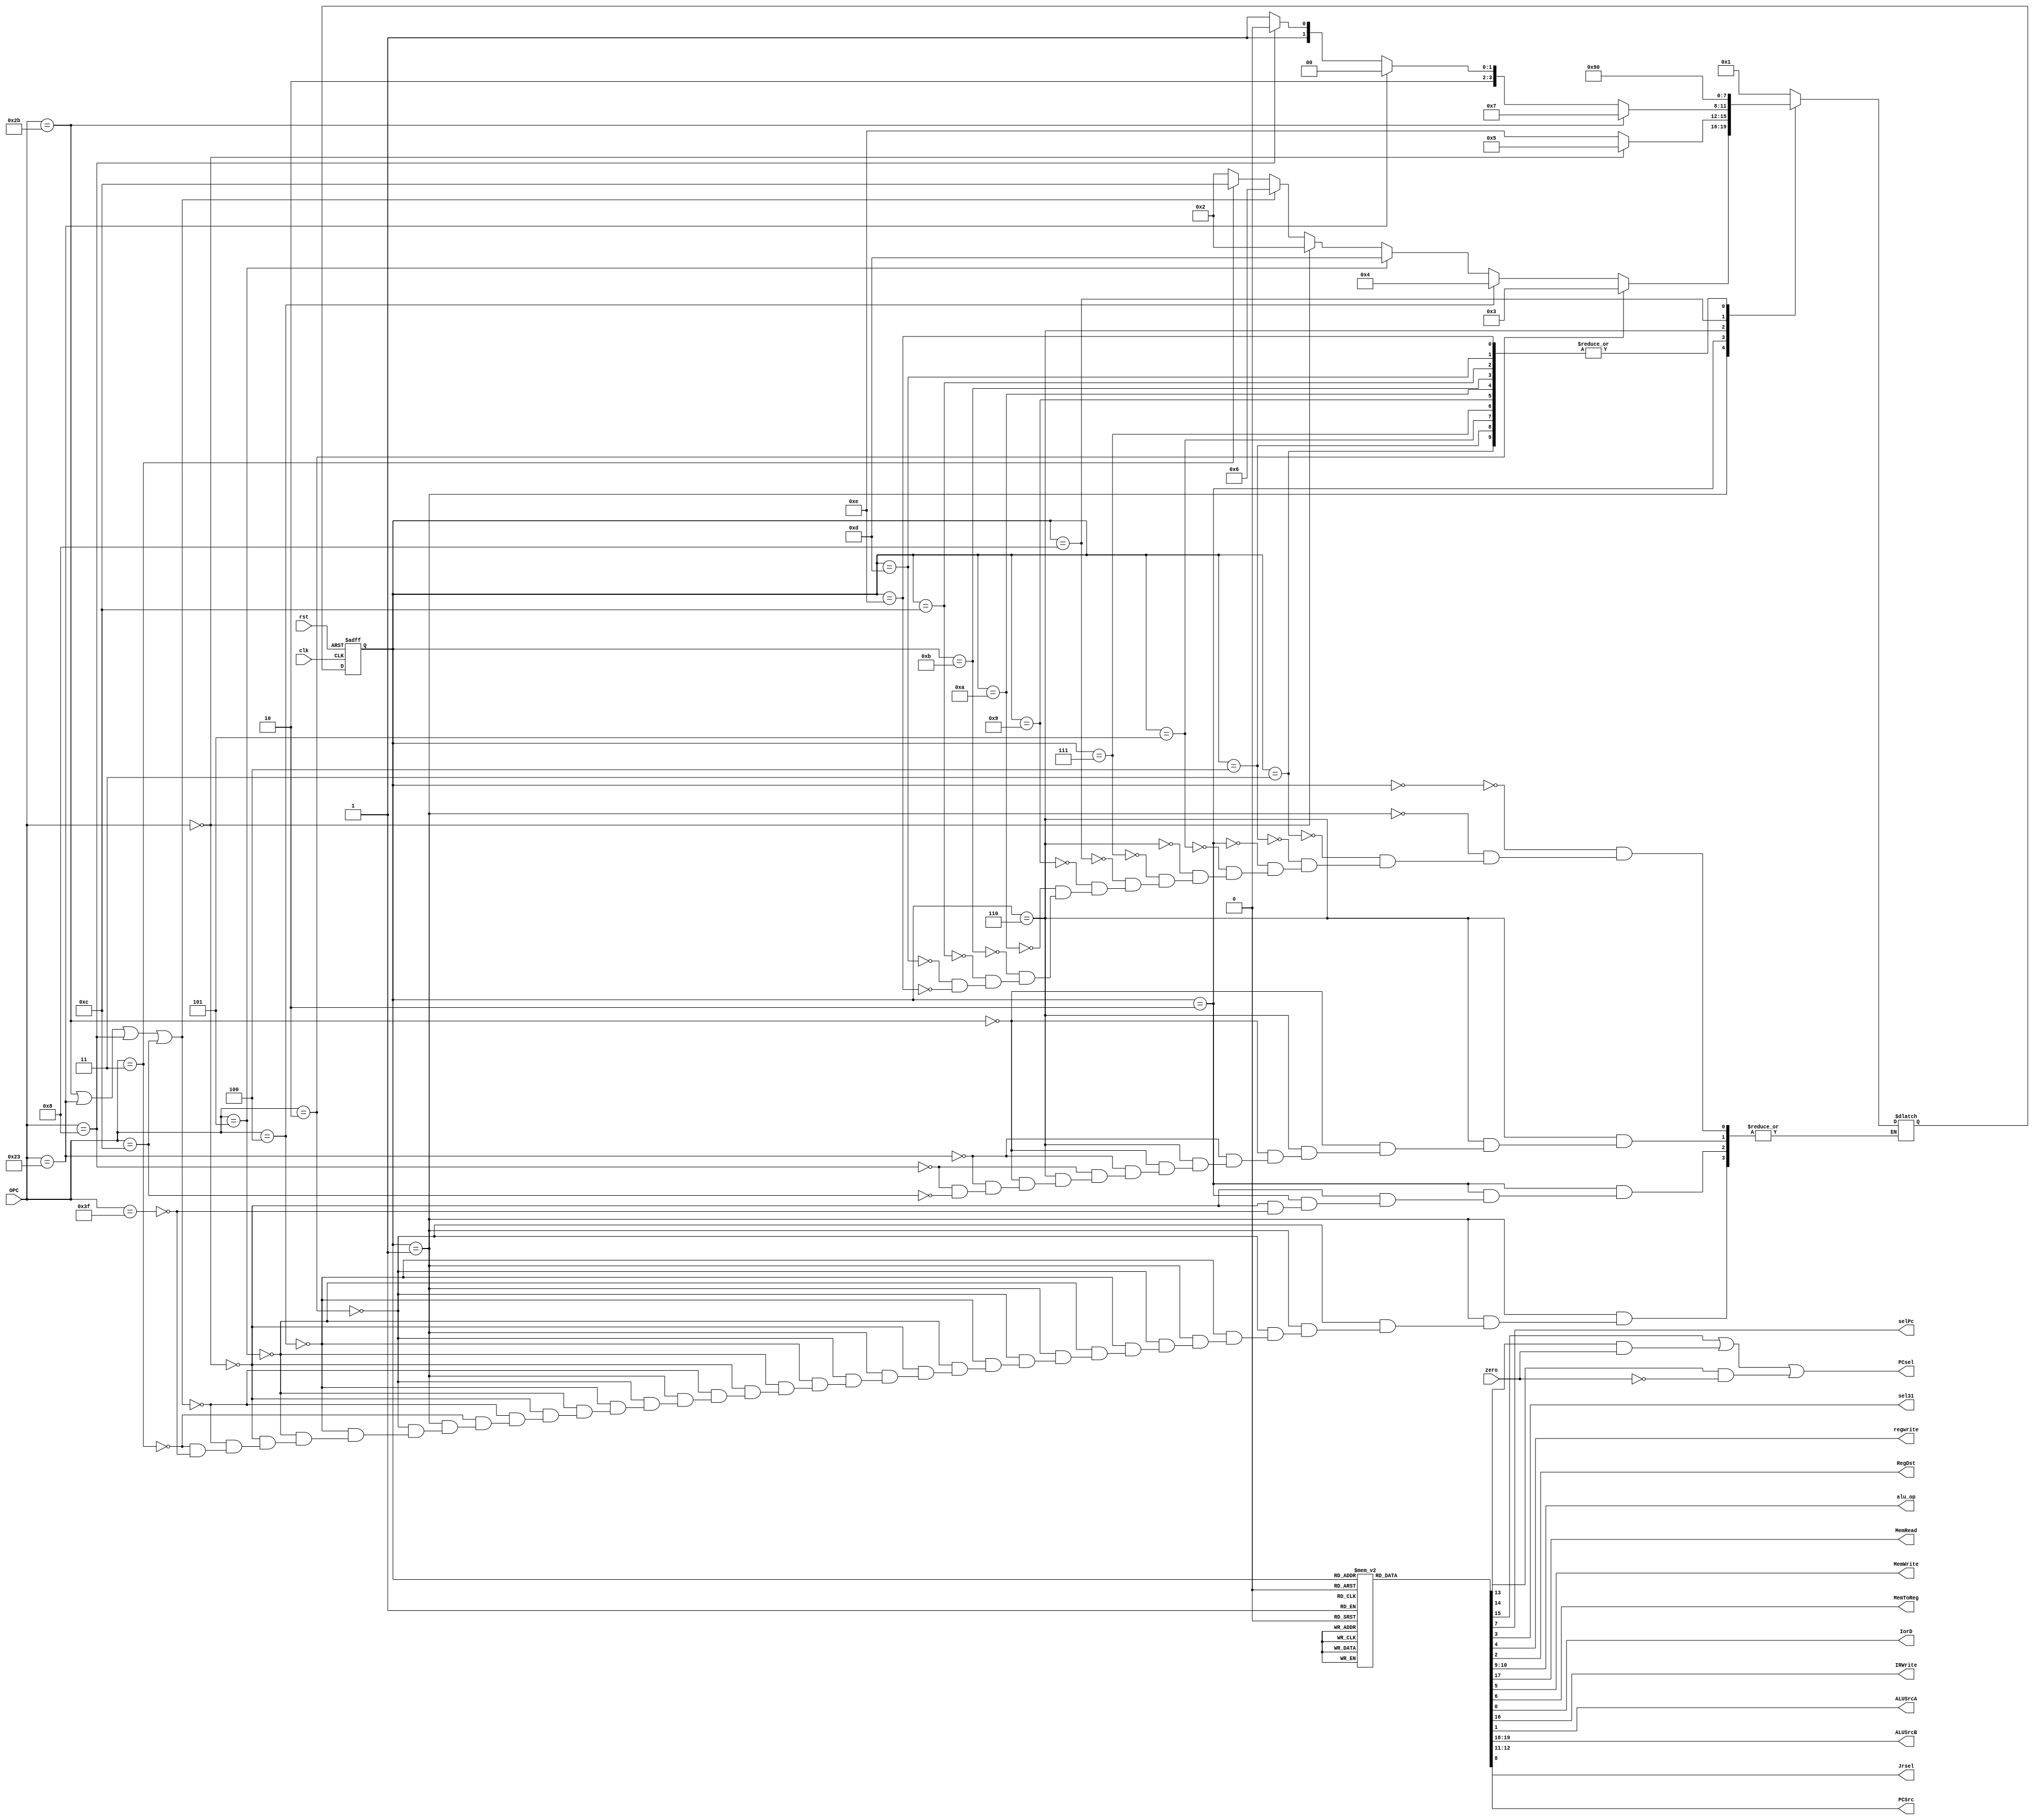
module controller(clk,rst,zero,selPc,OPC,sel31,regwrite,RegDst,alu_op,MemRead,MemWrite,MemToReg,IorD,IRWrite,ALUSrcA,ALUSrcB,PCSrc,PCsel,Jrsel);
    input [5:0] OPC;
    input clk,rst,zero;
    output reg IorD,IRWrite,ALUSrcA,RegDst,sel31,regwrite,MemRead,MemWrite,MemToReg,selPc,Jrsel;

    output reg [1:0] alu_op,ALUSrcB,PCSrc;
    reg PCWriteCond,PCWrite,not_branch;
    output wire PCsel;
    parameter[3:0] IF = 4'b0000,ID = 4'b0001,RT = 4'b0010,J = 4'b0011,BEQ = 4'b0100,MemoryAccess = 4'b0101,MemRef = 4'b0110,SW = 4'b0111,LW = 4'b1000,LWCompletion = 4'b1001,ADDI = 4'b1010,ANDI = 4'b1011,JAL = 4'b1100,BNE = 4'b1101,JR= 4'b1110;
    reg [3:0] ps,ns;

    always@(posedge clk,posedge rst)begin
      if(rst) ps <= 4'b0000;
      else ps<=ns;
    end

    always@(ps,OPC)begin
    case(ps)
        IF:ns = ID;
        ID:begin
            if(OPC == 6'b000010) //j 
                ns = J;
            else if(OPC == 6'b000100)//beq
                ns = BEQ;
            else if(OPC == 6'b000101)//bne
                ns = BNE;
            else if(OPC == 6'b000000) //Rtype
                ns = RT;
            else if(OPC == 6'b101011 || OPC == 6'b100011 || OPC == 6'b001000 || OPC == 6'b001100)//sw or lw or addi od andi
                ns = MemRef;
            else if(OPC == 6'b000011)//jal
                ns = JAL;
            else if (OPC == 6'b111111)//Jr
                ns = RT;
            end
        J:ns = IF;
        BEQ:ns = IF;
        RT:begin
            if (OPC == 6'b000000)
                ns = MemoryAccess;
            else if(OPC == 6'b111111)
                ns = JR;
        end
        MemoryAccess:ns = IF;
        MemRef:begin
            if (OPC == 6'b101011)
                ns = SW;
            else if(OPC == 6'b100011)
                ns = LW;
            else if(OPC == 6'b001000)
                ns = ADDI;
            else if(OPC == 6'b001100)
                ns = ANDI;
        end
        SW:ns = IF;
        LW:ns = LWCompletion;
        LWCompletion:ns = IF;
        ADDI:ns = IF;
        ANDI:ns = IF;
        JAL:ns = IF;
        BNE:ns = IF;
        JR:ns = IF;
    endcase
    end

    always@(ps)begin
    {IRWrite,PCWrite,PCWriteCond,IorD,ALUSrcA,sel31,regwrite,RegDst,MemRead,MemWrite,MemToReg,not_branch,selPc,Jrsel} = 14'b0;
    ALUSrcB = 2'b11; PCSrc = 2'b00; alu_op = 2'b00;
    case(ps)
        IF:begin
            {MemRead,IRWrite,PCWrite} = 3'b111;
            ALUSrcB = 2'b01;
        end

        ID: ;

        J:begin
            PCWrite = 1'b1;
            PCSrc = 2'b01;
        end

        BEQ:begin
            {ALUSrcA,PCWriteCond} = 2'b11;
            ALUSrcB = 2'b00;
            alu_op = 2'b01;
            PCSrc = 2'b10;
        end

        BNE:begin
            {ALUSrcA,not_branch} = 2'b11;
            ALUSrcB = 2'b00;
            alu_op = 2'b01;
            PCSrc = 2'b10;
        end

        RT:begin
            ALUSrcA = 1'b1;
            ALUSrcB = 2'b00;
            alu_op = 2'b10;
        end

        MemoryAccess: {RegDst,regwrite} = 2'b11;
        
        MemRef:begin
            ALUSrcA = 1'b1;
            ALUSrcB = 2'b10;
        end

        SW: {IorD,MemWrite} = 2'b11;
        
        LW:{IorD,MemRead} = 2'b11;

        LWCompletion: {MemToReg,regwrite} = 2'b11;

        ADDI:regwrite = 1'b1;

        ANDI:begin
            regwrite = 1'b1;
            alu_op = 2'b11;
        end

        JAL:begin
            {selPc,sel31,regwrite,PCWrite} = 4'b1111;
            PCSrc = 2'b01;
        end

        JR:begin
            PCWrite = 1'b1;
            Jrsel = 1'b1;
        end

    endcase
    end
    assign PCsel = PCWrite | (PCWriteCond & zero ) | (not_branch & (~zero)) ;

endmodule